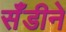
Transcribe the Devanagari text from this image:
सँडीने